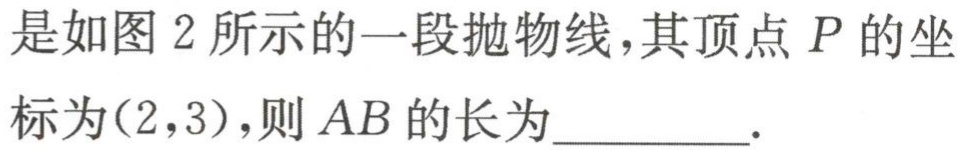
是如图 2 所示的一段抛物线，其顶点 \(P\) 的坐标为\((2,3)\)，则 \(AB\) 的长为_________.